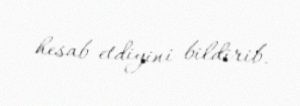
hesab etdiyini bildirib.